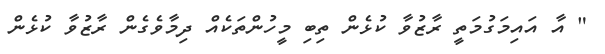
" އާ އައިމަގުމަތީ ރާޒުވާ ކުޅެން ތިބި މީހުންތަކެއް ދިމާވެގެން ރާޒުވާ ކުޅެން